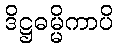
ဒိဋ္ဌဓမ္မိကာပိ